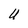
Character: U